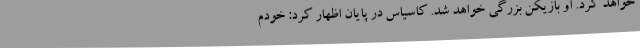
خواهد کرد. او بازیکن بزرگی خواهد شد. کاسیاس در پایان اظهار کرد: خودم